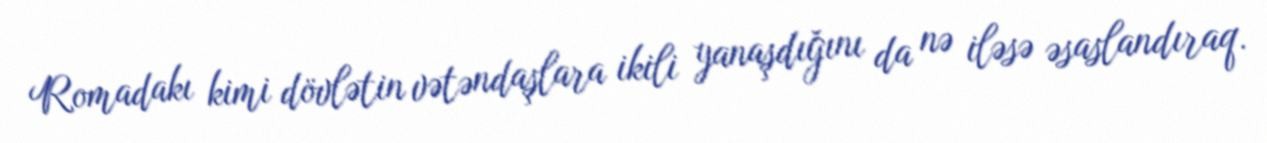
Romadakı kimi dövlətin vətəndaşlara ikili yanaşdığını da nə iləsə əsaslandıraq.